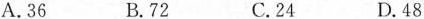
A.36 B.72 C.24 D.48